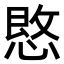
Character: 𪬒